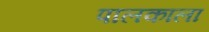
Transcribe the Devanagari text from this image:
पालकाला